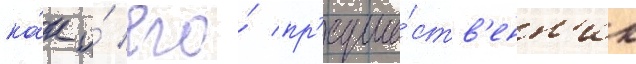
ка́к и́ его́ пр'едше́ств'енн'ик